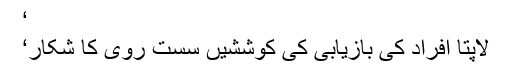
‘
لاپتا افراد کی بازیابی کی کوششیں سست روی کا شکار‘